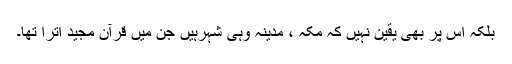
بلکہ اس پر بھی یقین نہیں کہ مکہ ، مدینہ وہی شہرہیں جن میں قرآن مجید اترا تھا۔